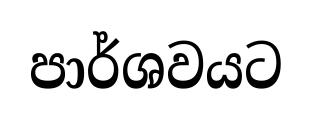
පාර්ශවයට